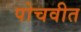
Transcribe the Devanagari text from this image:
पोचवीत